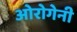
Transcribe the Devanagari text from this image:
ओरोगेनी